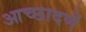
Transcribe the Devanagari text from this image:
आच्छादणें